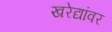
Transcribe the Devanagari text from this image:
खरेद्यांवर